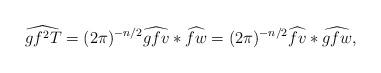
LaTeX: \begin{align*}\widehat{gf^2T} = (2\pi)^{-n/2} \widehat{gfv} * \widehat{fw} = (2\pi)^{-n/2} \widehat{fv} * \widehat{gfw},\end{align*}